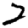
Digit: 2